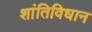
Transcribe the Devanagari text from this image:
शांतिविधान